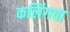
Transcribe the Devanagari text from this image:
कलिंगचा